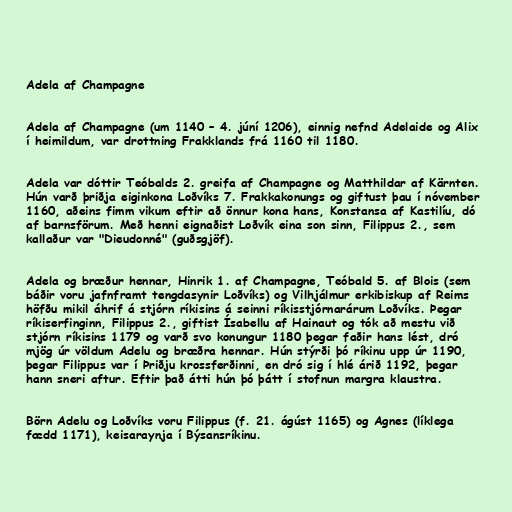
Adela af Champagne

Adela af Champagne (um 1140 – 4. júní 1206), einnig nefnd Adelaide og Alix
í heimildum, var drottning Frakklands frá 1160 til 1180.

Adela var dóttir Teóbalds 2. greifa af Champagne og Matthildar af Kärnten.
Hún varð þriðja eiginkona Loðvíks 7. Frakkakonungs og giftust þau í nóvember
1160, aðeins fimm vikum eftir að önnur kona hans, Konstansa af Kastilíu, dó
af barnsförum. Með henni eignaðist Loðvík eina son sinn, Filippus 2., sem
kallaður var "Dieudonné" (guðsgjöf).

Adela og bræður hennar, Hinrik 1. af Champagne, Teóbald 5. af Blois (sem
báðir voru jafnframt tengdasynir Loðvíks) og Vilhjálmur erkibiskup af Reims
höfðu mikil áhrif á stjórn ríkisins á seinni ríkisstjórnarárum Loðvíks. Þegar
ríkiserfinginn, Filippus 2., giftist Ísabellu af Hainaut og tók að mestu við
stjórn ríkisins 1179 og varð svo konungur 1180 þegar faðir hans lést, dró
mjög úr völdum Adelu og bræðra hennar. Hún stýrði þó ríkinu upp úr 1190,
þegar Filippus var í Þriðju krossferðinni, en dró sig í hlé árið 1192, þegar
hann sneri aftur. Eftir það átti hún þó þátt í stofnun margra klaustra.

Börn Adelu og Loðvíks voru Filippus (f. 21. ágúst 1165) og Agnes (líklega
fædd 1171), keisaraynja í Býsansríkinu.